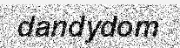
dandydom